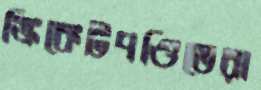
ক্রিকেটপণ্ডিতেরা